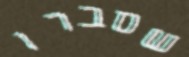
שסברו